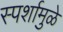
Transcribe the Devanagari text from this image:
स्पर्शामुळे